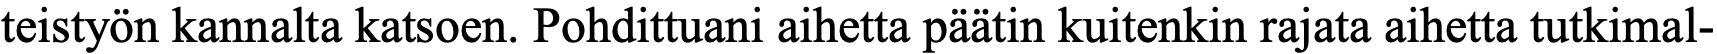
teistyön kannalta katsoen. Pohdittuani aihetta päätin kuitenkin rajata aihetta tutkimal-